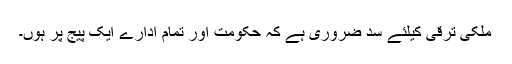
ملکی ترقی کیلئے سد ضروری ہے کہ حکومت اور تمام ادارے ایک پیج پر ہوں۔